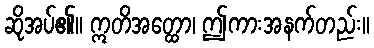
ဆိုအပ်၏။ ဣတိအတ္ထော၊ ဤကားအနက်တည်း။